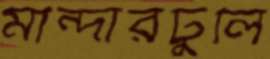
মান্দারটুলি